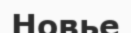
Новье